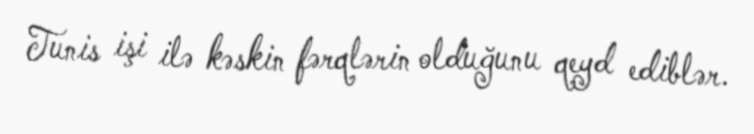
Tunis işi ilə kəskin fərqlərin olduğunu qeyd ediblər.